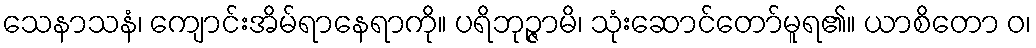
သေနာသနံ၊ ကျောင်းအိမ်ရာနေရာကို။ ပရိဘုဉ္ဇာမိ၊ သုံးဆောင်တော်မူရ၏။ ယာစိတော ဝ၊